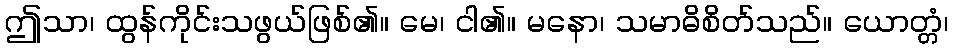
ဤသာ၊ ထွန်ကိုင်းသဖွယ်ဖြစ်၏။ မေ၊ ငါ၏။ မနော၊ သမာဓိစိတ်သည်။ ယောတ္တံ၊